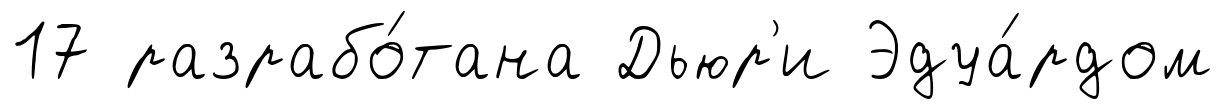
17 разрабо́тана Дьюр'и Эдуа́рдом